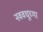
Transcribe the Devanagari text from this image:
नववधूच्या